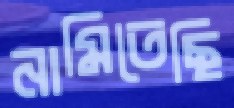
নামিতেছি